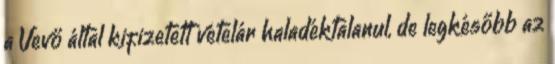
a Vevő által kifizetett vételár haladéktalanul, de legkésőbb az